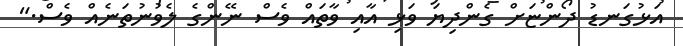
އަޅުގަނޑު ދޯންޏަށް ގެންދިޔަ ވަޅި އާއި ވާތައް ވެސް ނޭންގެ ލެވުނުތަނެއް ވެސް."